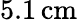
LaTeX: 5.1\, \mathrm{{cm}}